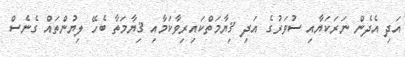
އަދި އެދެން ނަރަކަޔާއި ސުވަރުގެ އަދި ޤިޔާމަތްކައިރިވާކަމާއި ޤިޔާމަތާ ބެހޭ ލިޔުންތައް ގެނެސް